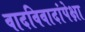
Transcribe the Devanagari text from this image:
वादविवादांपेक्षा